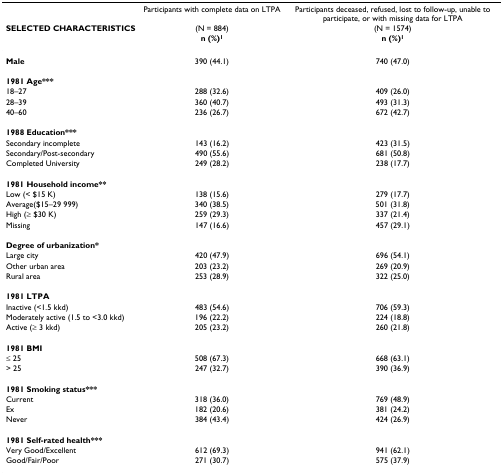
<table><thead><tr><td></td><td><b>Participants with complete data on LTPA</b></td><td><b>Participants deceased, refused, lost to follow-up, unable to participate, or with missing data for LTPA</b></td></tr><tr><td><b>SELECTED CHARACTERISTICS</b></td><td><b>(N = 884)</b></td><td><b>(N = 1574)</b></td></tr><tr><td></td><td><b>n (%)<sup>1</sup></b></td><td><b>n (%)<sup>1</sup></b></td></tr></thead><tbody><tr><td><b>Male</b></td><td>390 (44.1)</td><td>740 (47.0)</td></tr><tr><td><b>1981 Age***</b></td><td></td><td></td></tr><tr><td>18–27</td><td>288 (32.6)</td><td>409 (26.0)</td></tr><tr><td>28–39</td><td>360 (40.7)</td><td>493 (31.3)</td></tr><tr><td>40–60</td><td>236 (26.7)</td><td>672 (42.7)</td></tr><tr><td><b>1988 Education***</b></td><td></td><td></td></tr><tr><td>Secondary incomplete</td><td>143 (16.2)</td><td>423 (31.5)</td></tr><tr><td>Secondary/Post-secondary</td><td>490 (55.6)</td><td>681 (50.8)</td></tr><tr><td>Completed University</td><td>249 (28.2)</td><td>238 (17.7)</td></tr><tr><td><b>1981 Household income**</b></td><td></td><td></td></tr><tr><td>Low (&lt; $15 K)</td><td>138 (15.6)</td><td>279 (17.7)</td></tr><tr><td>Average($15–29 999)</td><td>340 (38.5)</td><td>501 (31.8)</td></tr><tr><td>High (≥ $30 K)</td><td>259 (29.3)</td><td>337 (21.4)</td></tr><tr><td>Missing</td><td>147 (16.6)</td><td>457 (29.1)</td></tr><tr><td><b>Degree of urbanization*</b></td><td></td><td></td></tr><tr><td>Large city</td><td>420 (47.9)</td><td>696 (54.1)</td></tr><tr><td>Other urban area</td><td>203 (23.2)</td><td>269 (20.9)</td></tr><tr><td>Rural area</td><td>253 (28.9)</td><td>322 (25.0)</td></tr><tr><td><b>1981 LTPA</b></td><td></td><td></td></tr><tr><td>Inactive (&lt;1.5 kkd)</td><td>483 (54.6)</td><td>706 (59.3)</td></tr><tr><td>Moderately active (1.5 to &lt;3.0 kkd)</td><td>196 (22.2)</td><td>224 (18.8)</td></tr><tr><td>Active (≥ 3 kkd)</td><td>205 (23.2)</td><td>260 (21.8)</td></tr><tr><td><b>1981 BMI</b></td><td></td><td></td></tr><tr><td>≤ 25</td><td>508 (67.3)</td><td>668 (63.1)</td></tr><tr><td>&gt; 25</td><td>247 (32.7)</td><td>390 (36.9)</td></tr><tr><td><b>1981 Smoking status***</b></td><td></td><td></td></tr><tr><td>Current</td><td>318 (36.0)</td><td>769 (48.9)</td></tr><tr><td>Ex</td><td>182 (20.6)</td><td>381 (24.2)</td></tr><tr><td>Never</td><td>384 (43.4)</td><td>424 (26.9)</td></tr><tr><td><b>1981 Self-rated health***</b></td><td></td><td></td></tr><tr><td>Very Good/Excellent</td><td>612 (69.3)</td><td>941 (62.1)</td></tr><tr><td>Good/Fair/Poor</td><td>271 (30.7)</td><td>575 (37.9)</td></tr></tbody></table>